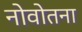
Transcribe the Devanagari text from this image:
नोवोतना